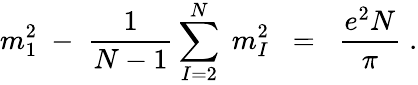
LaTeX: m_{1}^{2}\; -\; \frac{1}{N-1}\sum_{I=2}^{N}\; m_{I}^{2}\; \; =\; \; \frac{e^{2}N}{\pi}\; .